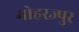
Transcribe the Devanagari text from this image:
मोहरज्पुर